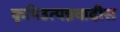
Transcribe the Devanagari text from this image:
कृषिउत्पन्नवाढीस